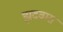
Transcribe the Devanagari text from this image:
झदवास